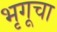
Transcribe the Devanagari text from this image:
भृगूचा